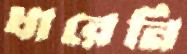
ধারেনি